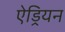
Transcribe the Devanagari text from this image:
ऐड्रियन